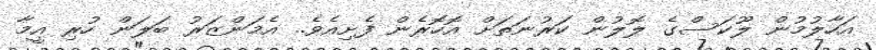
އަހާލުމުން ލޫކަސްގެ ލޮލުން ކަރުނަތަށް އޮހޮރެން ފެށިއެވެ.. އެމަންޒަރު ބަލަން ހުރި އީމާ